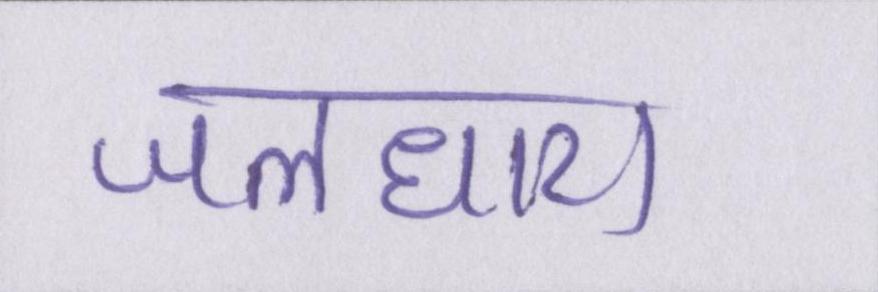
जलधारा